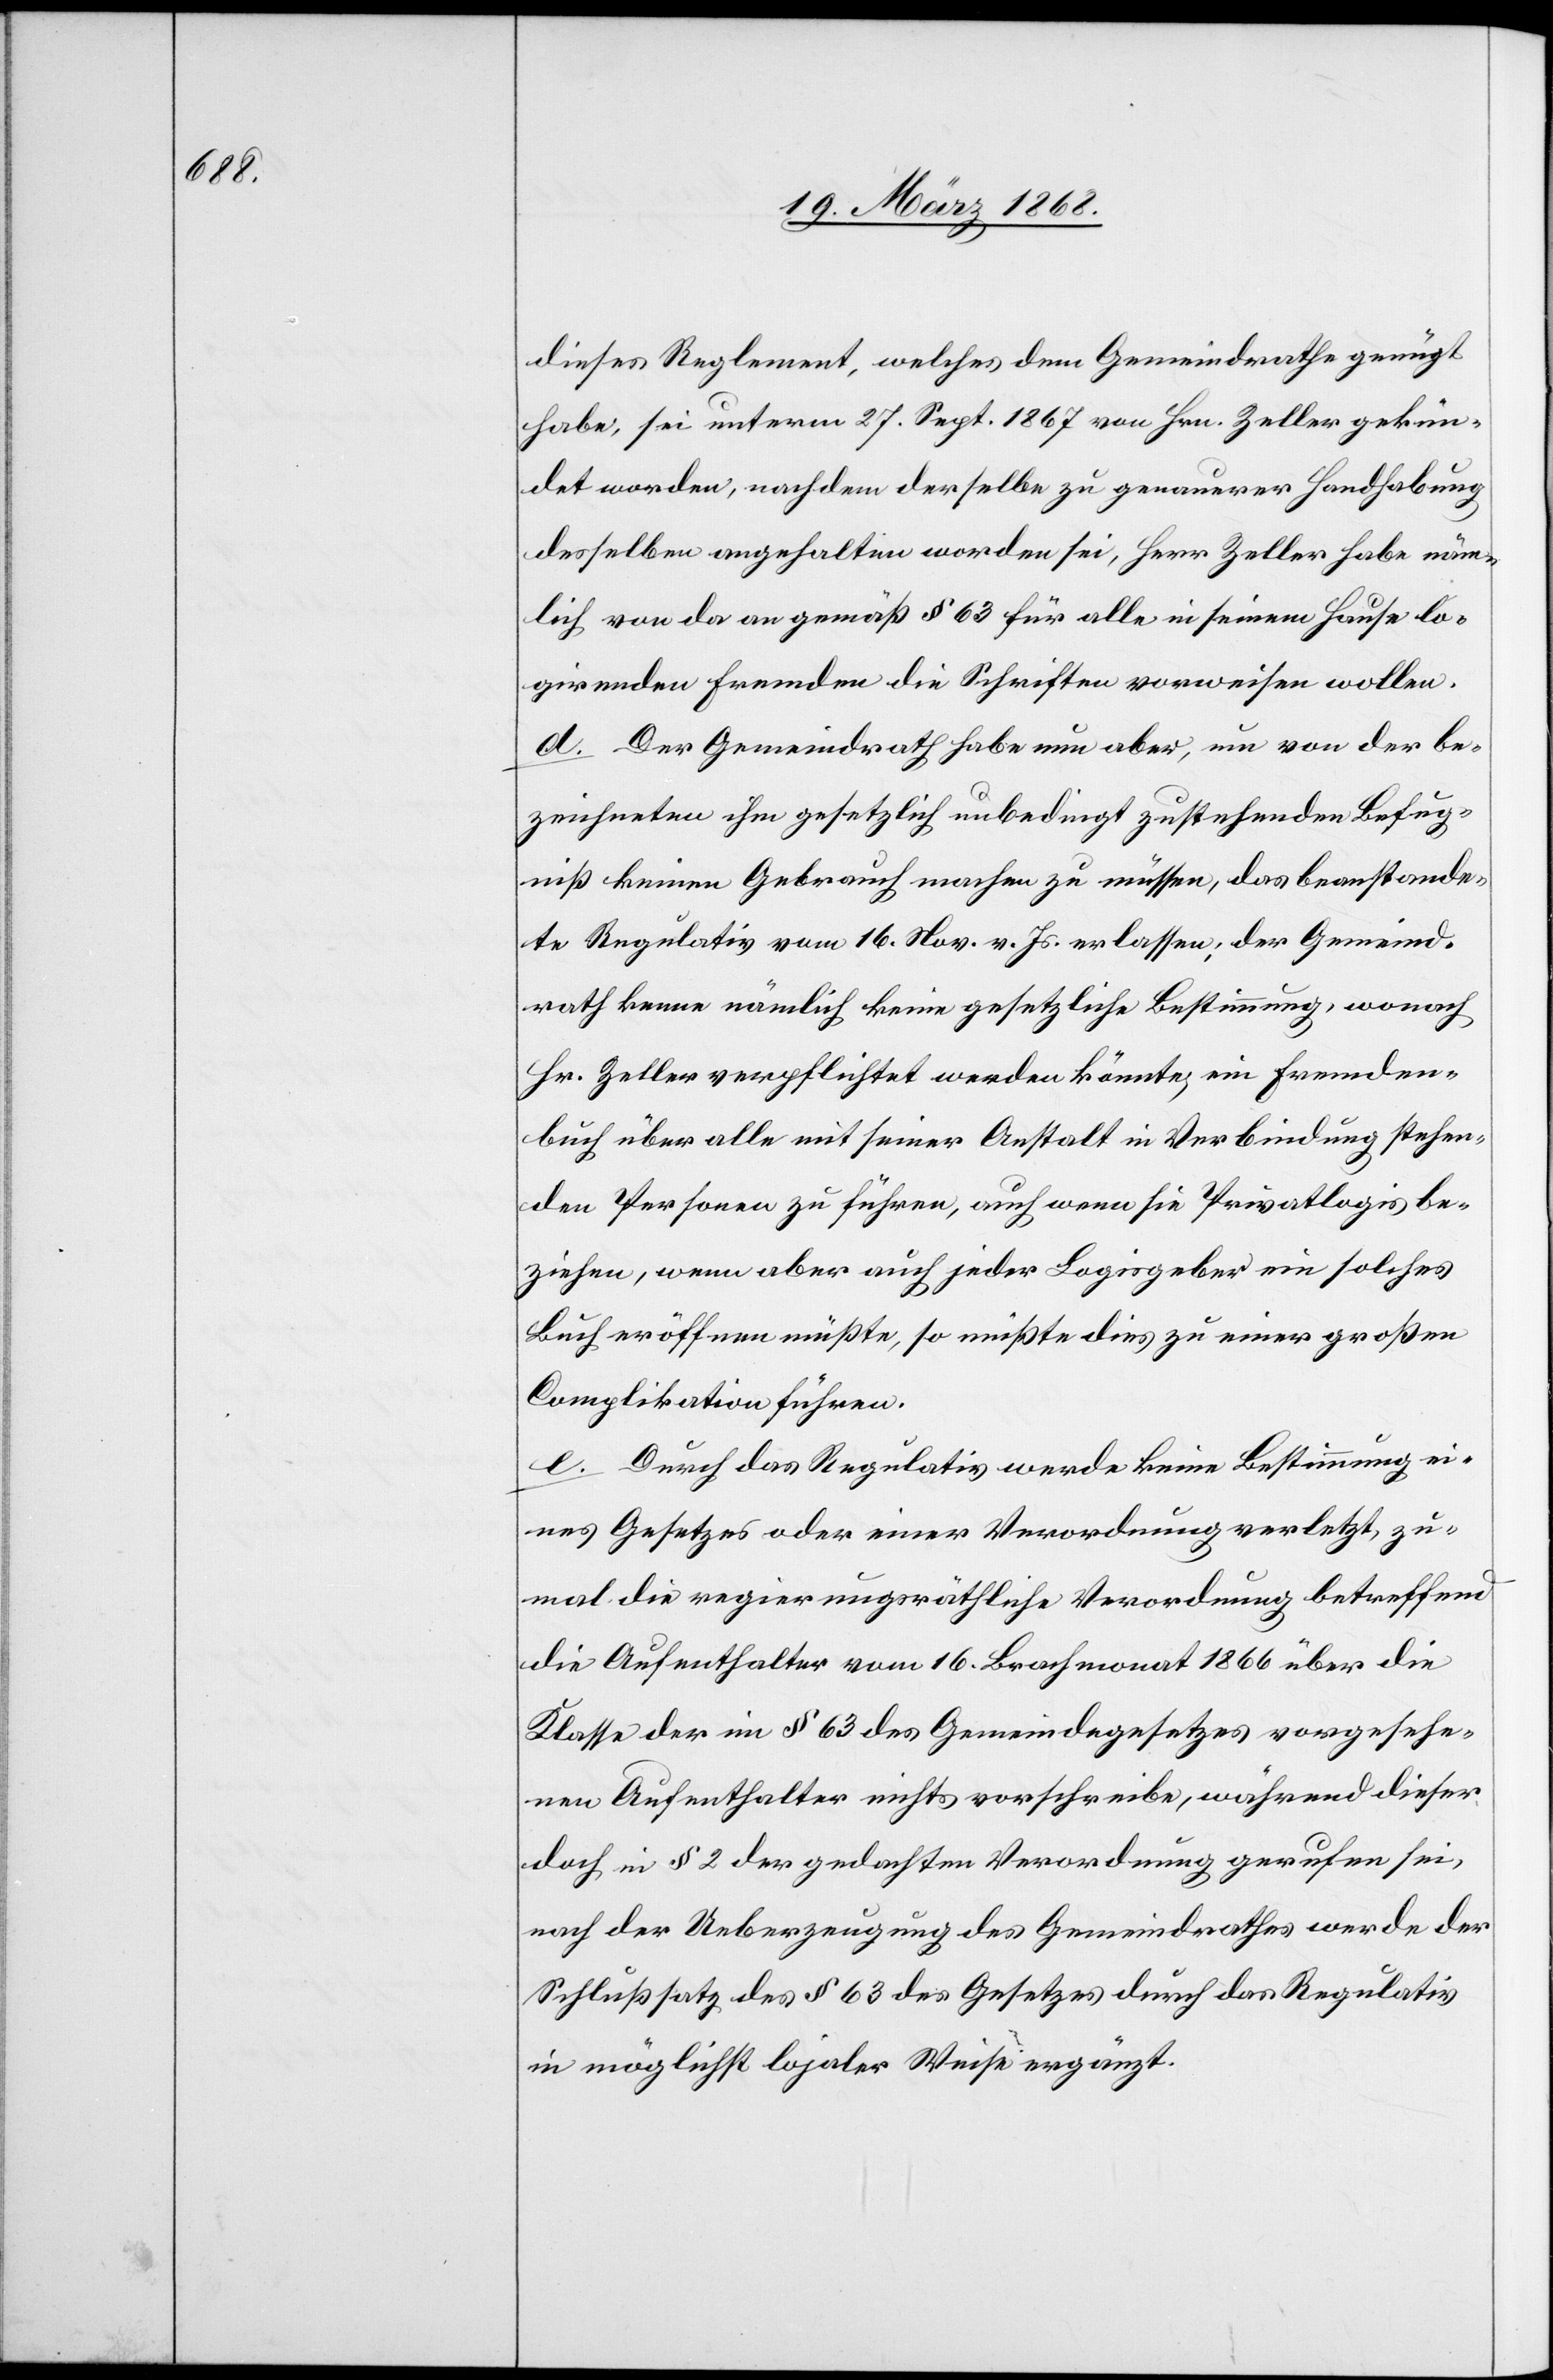
dieses Reglement, welches dem Gemeindrathe genügt
habe, sei unterm 27. Sept. 1867 von Hrn. Zeller gekün¬
det worden, nachdem derselbe zu genauerer Handhabung
desselben angehalten worden sei, Herr Zeller habe näm¬
lich von da an gemäß § 63 für alle in seinem Hause lo¬
girenden Fremden die Schriften vorweisen wollen.
d. Der Gemeindrath habe nun aber, um von der be¬
zeichneten ihm gesetzlich unbedingt zustehenden Befug¬
niß keinen Gebrauch machen zu müssen, das beanstande¬
te Regulativ vom 16. Nov. v. Js. erlassen; der Gemeind¬
rath kenne nämlich keine gesetzliche Bestimmung, wonach
Hr. Zeller verpflichtet werden könnte, ein Fremden¬
buch über alle mit seiner Anstalt in Verbindung stehen¬
den Personen zu führen, auch wenn sie Privatlogis be¬
ziehen, wenn aber auch jeder Logisgeber ein solches
Buch eröffnen müßte, so müßte dies zu einer großen
Complikation führen.
e. Durch das Regulativ werde keine Bestimmung ei¬
nes Gesetzes oder einer Verordnung verletzt, zu¬
mal die regierungsräthliche Verordnung betreffend
die Aufenthalter vom 16. Brachmonat 1866 über die
Klasse der im § 63 des Gemeindegesetzes vorgesehe¬
nen Aufenthalter nichts vorschreibe, während dieser
doch in § 2 der gedachten Verordnung gerufen sei,
nach der Ueberzeugung des Gemeindrathes werde der
Schlußsatz des § 63 des Gesetzes durch das Regulativ
in möglichst lojaler [sic!] Weise ergänzt.